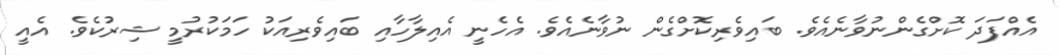
އެއްފަދަ ކޮށްގެންނުވާނެއެވެ. ބައިވެރިކޮށްގެން ނުވާނެއެވެ. އެހެނީ އެއިލާހާއި ބައިވެރިއަކު ހަމަކުރުމީ ޝިރުކެވެ. އެއީ